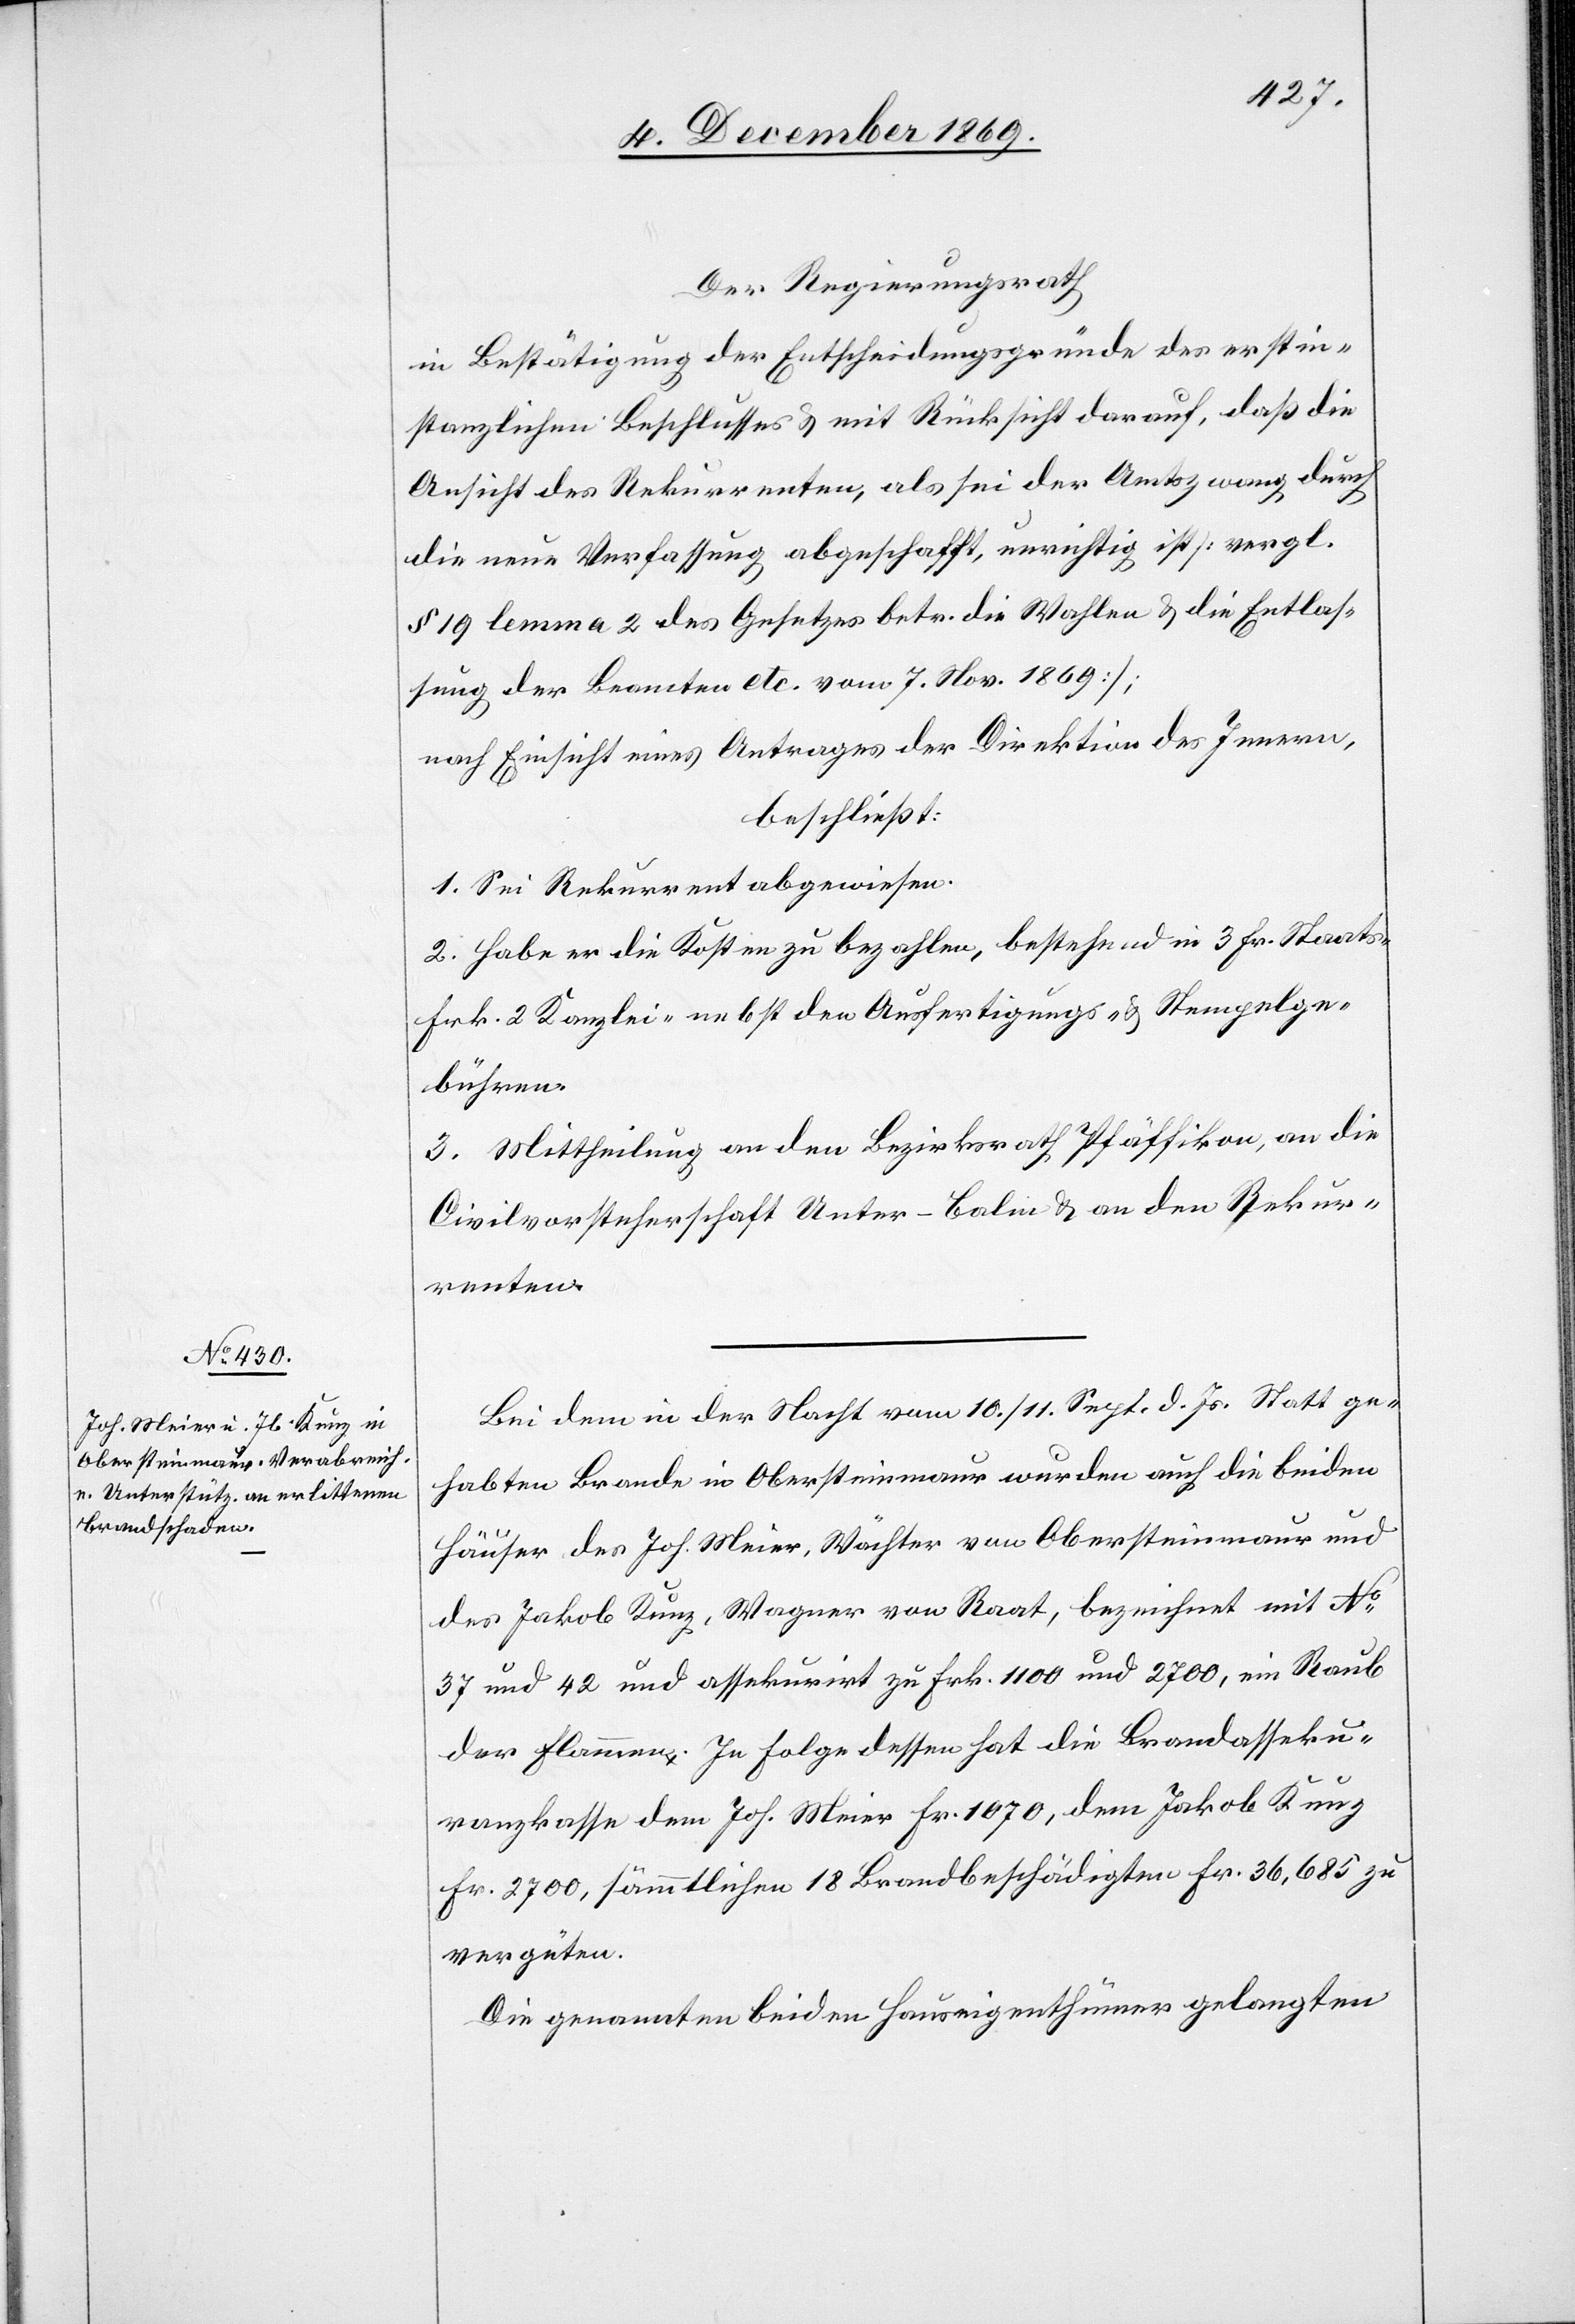
s-[,]
Der Regierungsrath
in Bestätigung der Entscheidungsgründe des erstin¬
stanzlichen Beschlusses & mit Rücksicht darauf, daß die
Ansicht des Rekurrenten, als sei der Amtszwang durch
die neue Verfassung abgeschafft, unrichtig ist [vergl.
§ 19 lemma 2 des Gesetzes betr. die Wahlen & die Entlas¬
sung der Beamten etc. vom 7. Nov. 1869];
nach Einsicht eines Antrages der Direktion des Innern,
beschließt:
1. Sei Rekurrent abgewiesen.
2. Habe er die Kosten zu bezahlen, bestehend in 3 Fr. Staat¬
Frk. 2. Kanzlei-[,] nebst den Ausfertigungs- & Stempelge¬
bühren.
3. Mittheilung an den Bezirksrath Pfäffikon, an die
Civilvorsteherschaft Unter-Balm & an den Rekur¬
renten.
Bei dem in der Nacht vom 10./11. Sept. d. Js. Statt ge¬
habten Brande in Obersteinmaur wurden auch die beiden
Häuser des Joh. Meier, Wächter von Obersteinmaur und
des Jakob Kunz, Wagner von Raat, bezeichnet mit No
37 und 42 und assekurirt zu Frk. 1100 und 2700, ein Raub
der Flammen. In Folge dessen hat die Brandasseku¬
ranzkasse dem Joh. Meier Fr. 1070, dem Jakob Kunz
Fr. 2700, sämmtlichen 18 Brandbeschädigten Fr. 36,685 zu
vergüten.
Die genannten beiden Hauseigenthümer gelangten